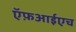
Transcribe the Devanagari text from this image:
ऍफ़आईएच